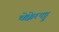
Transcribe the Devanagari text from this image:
थेक्केरपट्टु